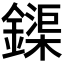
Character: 𨬡